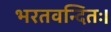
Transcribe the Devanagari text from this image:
भरतवन्दितः।